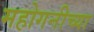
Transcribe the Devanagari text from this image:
महोगनीच्या